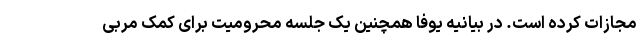
مجازات کرده است. در بیانیه یوفا همچنین یک جلسه محرومیت برای کمک مربی